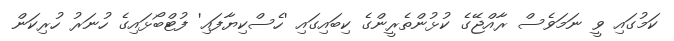
ކަމުގައި ވީ ނަމަވެސް ރާއްޖޭގެ ކުޅުންތެރީންގެ ކިބައިގައި 'ހެސްކިޔާފައި' ފުޓްބޯޅައިގެ ހުނަރު ހުރިކަން